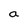
Character: a